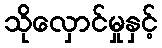
သိုလှောင်မှုနှင့်